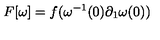
F [ \omega ] = f ( \omega ^ { - 1 } ( 0 ) \partial _ { 1 } \omega ( 0 ) )